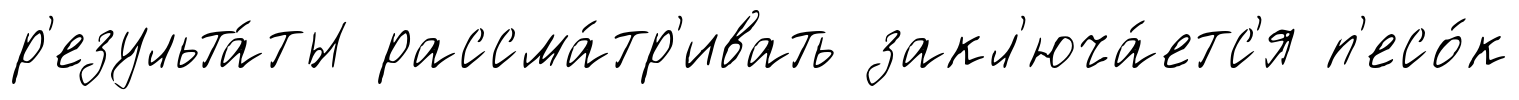
р'езульта́ты рассма́тр'ивать закл'юча́етс'я п'есо́к